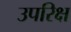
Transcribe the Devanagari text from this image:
उपरिक्ष